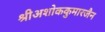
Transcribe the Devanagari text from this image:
श्रीअशोककुमारजैन